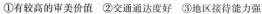
①有较高的审美价值 ②交通通达度好 ③地区接待能力强